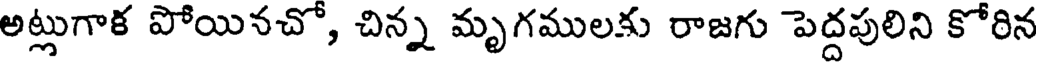
అట్లుగాక పోయినచో, చిన్న మృగములకు రాజగు పెద్దపులిని కోరిన